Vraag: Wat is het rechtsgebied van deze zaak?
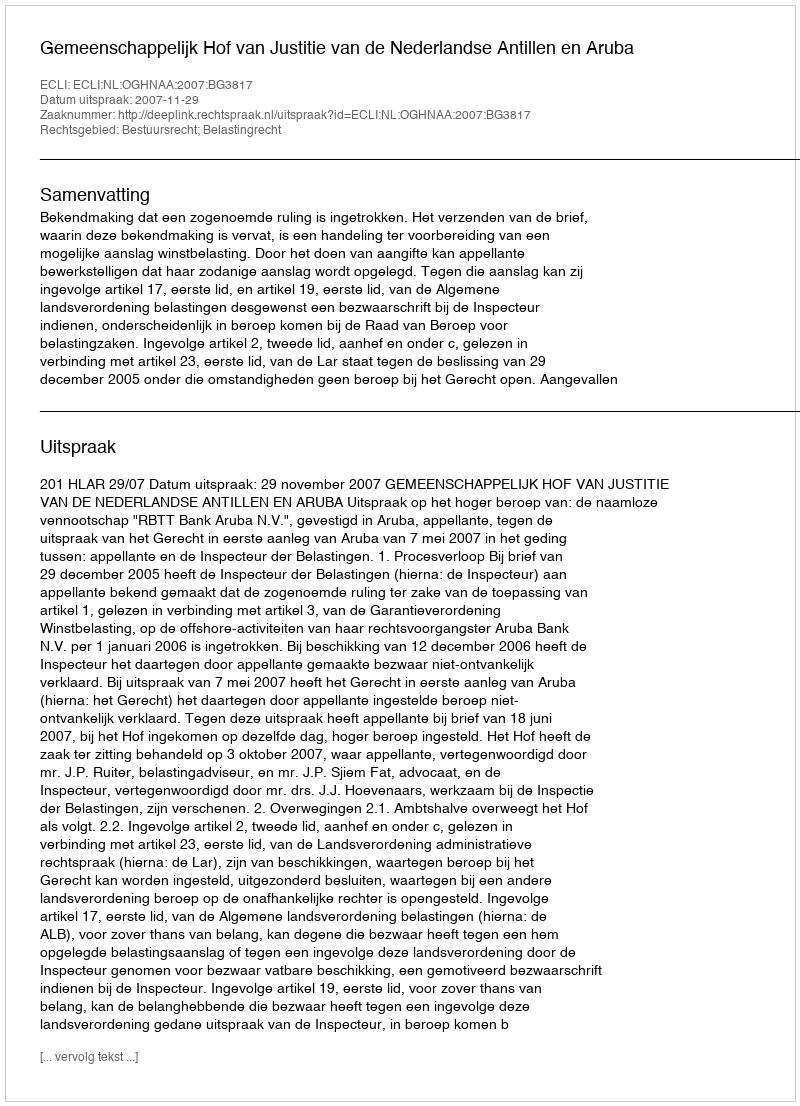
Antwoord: Bestuursrecht; Belastingrecht